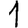
Digit: 1